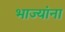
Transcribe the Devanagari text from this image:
भाज्यांना